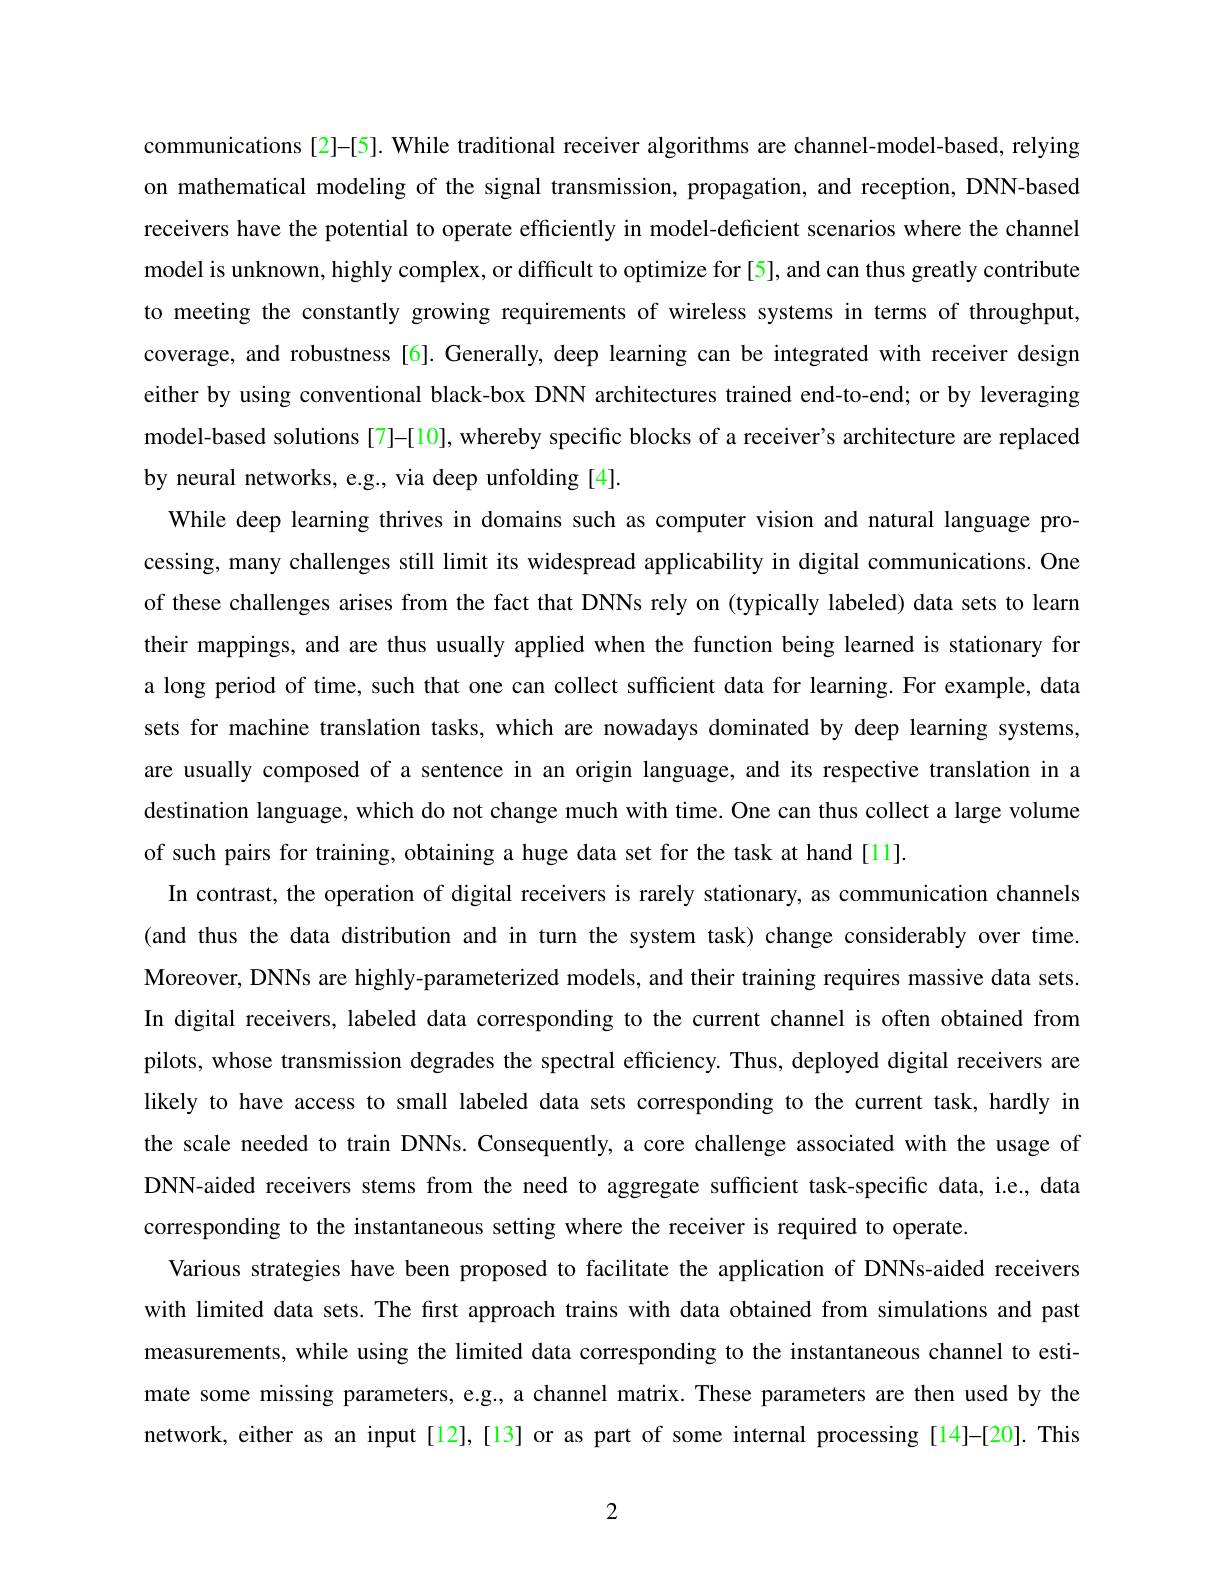
communications [2]-[5]. While traditional receiver algorithms are channel-model-based, relying on mathematical modeling of the signal transmission, propagation, and reception, DNN-based receivers have the potential to operate efficiently in model-deficient scenarios where the channel model is unknown, highly complex, or difficult to optimize for [5], and can thus greatly contribute to meeting the constantly growing requirements of wireless systems in terms of throughput, coverage, and robustness [6]. Generally, deep learning can be integrated with receiver design either by using conventional black-box DNN architectures trained end-to-end; or by leveraging model-based solutions [7]–[10], whereby specific blocks of a receiver's architecture are replaced by neural networks, e.g., via deep unfolding [4]
While deep learning thrives in domains such as computer vision and natural language processing, many challenges still limit its widespread applicability in digital communications. One of these challenges arises from the fact that DNNs rely on (typically labeled) data sets to learn their mappings, and are thus usually applied when the function being learned is stationary for a long period of time, such that one can collect sufficient data for learning. For example, data sets for machine translation tasks, which are nowadays dominated by deep learning systems are usually composed of a sentence in an origin language, and its respective translation in a destination language, which do not change much with time. One can thus collect a large volume of such pairs for training, obtaining a huge data set for the task at hand [ll].
In contrast, the operation of digital receivers is rarely stationary, as communication channels (and thus the data distribution and in turn the system task) change considerably over time Moreover, DNNs are highly-parameterized models, and their training requires massive data sets In digital receivers, labeled data corresponding to the current channel is often obtained from pilots, whose transmission degrades the spectral efficiency. Thus, deployed digital receivers are likely to have access to small labeled data sets corresponding to the current task, hardly in the scale needed to train DNNs. Consequently, a core challenge associated with the usage of DNN-aided receivers stems from the need to aggregate sufficient task-specific data, i.e., data corresponding to the instantaneous setting where the receiver is required to operate
Various strategies have been proposed to facilitate the application of DNNs-aided receivers with limited data sets. The first approach trains with data obtained from simulations and past measurements, while using the limited data corresponding to the instantaneous channel to estimate some missing parameters, e.g, a channel matrix. These parameters are then used by the network, either as an input[12],[13] or as part of some internal processing [14]-[20]. This

2